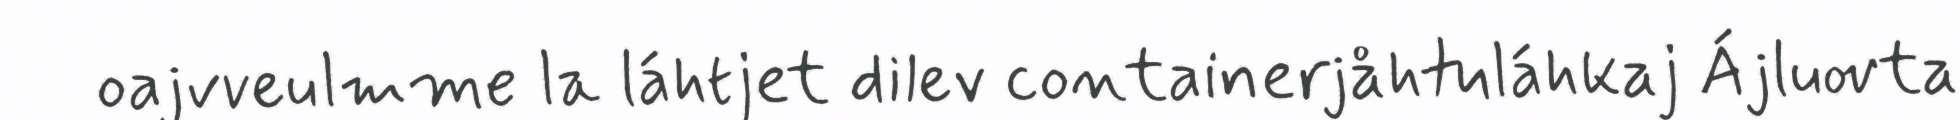
oajvveulmme la láhtjet dilev containerjåhtuláhkaj Ájluovta